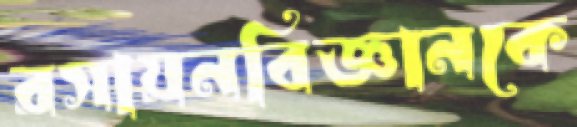
রসায়নবিজ্ঞানকে